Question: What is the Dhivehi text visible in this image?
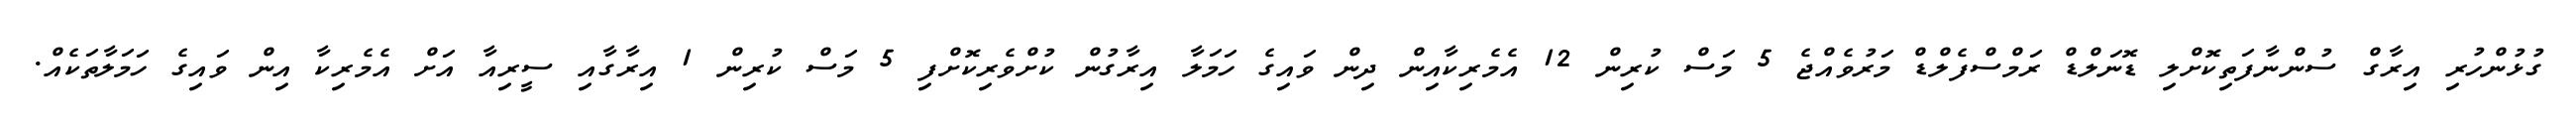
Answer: ގުޅުންހުރި އިރާގް ސުންނާފަތިކޮށްލި ޑޮނަލްޑް ރަމްސްފެލްޑް މަރުވެއްޖެ 5 މަސް ކުރިން 12 އެމެރިކާއިން ދިން ވައިގެ ހަމަލާ އިރާގުން ކުށްވެރިކޮށްފި 5 މަސް ކުރިން 1 އިރާގާއި ސީރިއާ އަށް އެމެރިކާ އިން ވައިގެ ހަމަލާތަކެއް.